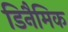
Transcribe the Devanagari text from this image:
डिनैमिक